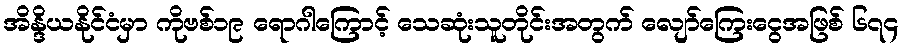
အိန္ဒိယနိုင်ငံမှာ ကိုဗစ်၁၉ ရောဂါကြောင့် သေဆုံးသူတိုင်းအတွက် လျော်ကြေးငွေအဖြစ် ၆၇၄